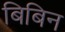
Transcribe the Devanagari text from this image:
बिबिन